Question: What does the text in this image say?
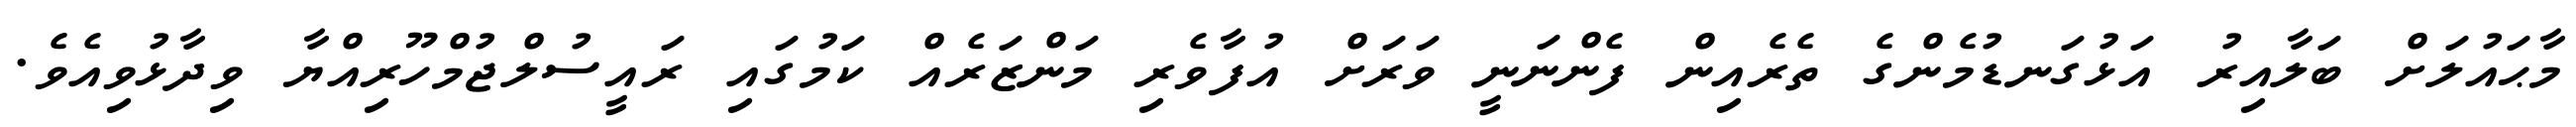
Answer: މާޙައުލަށް ބަލާއިރު އަޅުގަނޑުމެންގެ ތެރެއިން ފެންނަނީ ވަރަށް އުފާވެރި މަންޒަރެއް ކަމުގައި ރައީސުލްޖުމްހޫރިއްޔާ ވިދާޅުވިއެވެ.